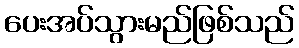
ပေးအပ်သွားမည်ဖြစ်သည်